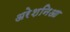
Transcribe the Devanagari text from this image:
अरेशनिआ